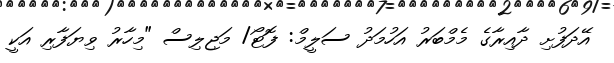
އޭދަފުށި ދާއިރާގެ މެމްބަރު އަހުމަދު ސަލީމް: ފޮޓޯ/ މަޖިލިސް "މިހާރު ވިޔަފާރި އަކީ